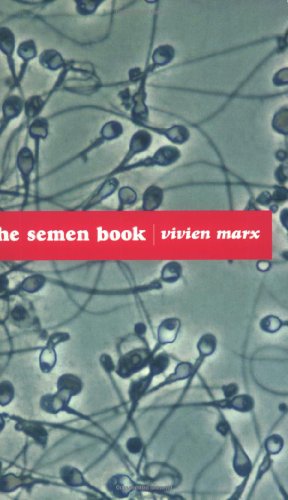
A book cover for The Semen Book; Vivien Marx; Health, Fitness & Dieting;